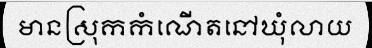
មានស្រុកកំណើតនៅឃុំលាយ